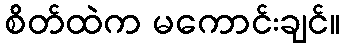
စိတ်ထဲက မကောင်းချင်။